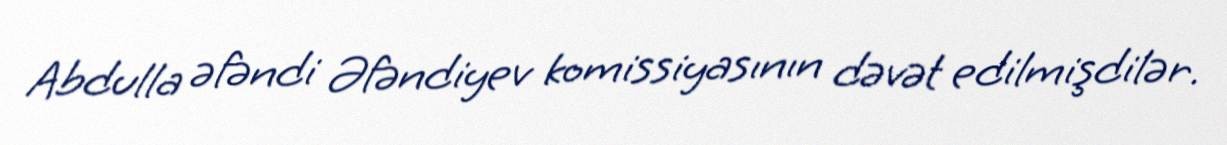
Abdulla əfəndi Əfəndiyev komissiyasının dəvət edilmişdilər.